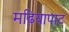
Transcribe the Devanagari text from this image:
मढियापाट